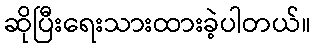
ဆိုပြီးရေးသားထားခဲ့ပါတယ်။